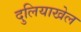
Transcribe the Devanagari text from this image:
दुलियाखेल